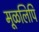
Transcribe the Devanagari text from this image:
मूळलिपि